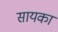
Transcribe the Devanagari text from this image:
सायका